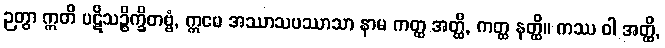
ဉတွာ ဣတိ ပဋိသဉ္စိက္ခိတဗ္ဗံ, ဣမေ အဿာသပဿာသာ နာမ ကတ္ထ အတ္ထိ, ကတ္ထ နတ္ထိ။ ကဿ ဝါ အတ္ထိ,